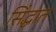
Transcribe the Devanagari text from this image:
सिंद्धात